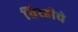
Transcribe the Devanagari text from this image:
तिरडीचे